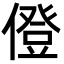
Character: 僜